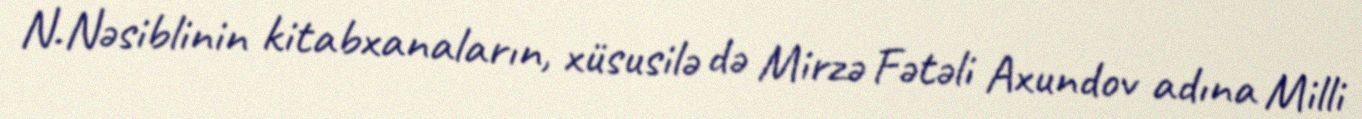
N.Nəsiblinin kitabxanaların, xüsusilə də Mirzə Fətəli Axundov adına Milli